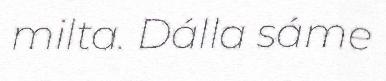
milta. Dálla sáme